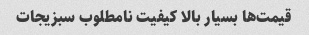
قیمت‌ها بسیار بالا کیفیت نامطلوب سبزیجات